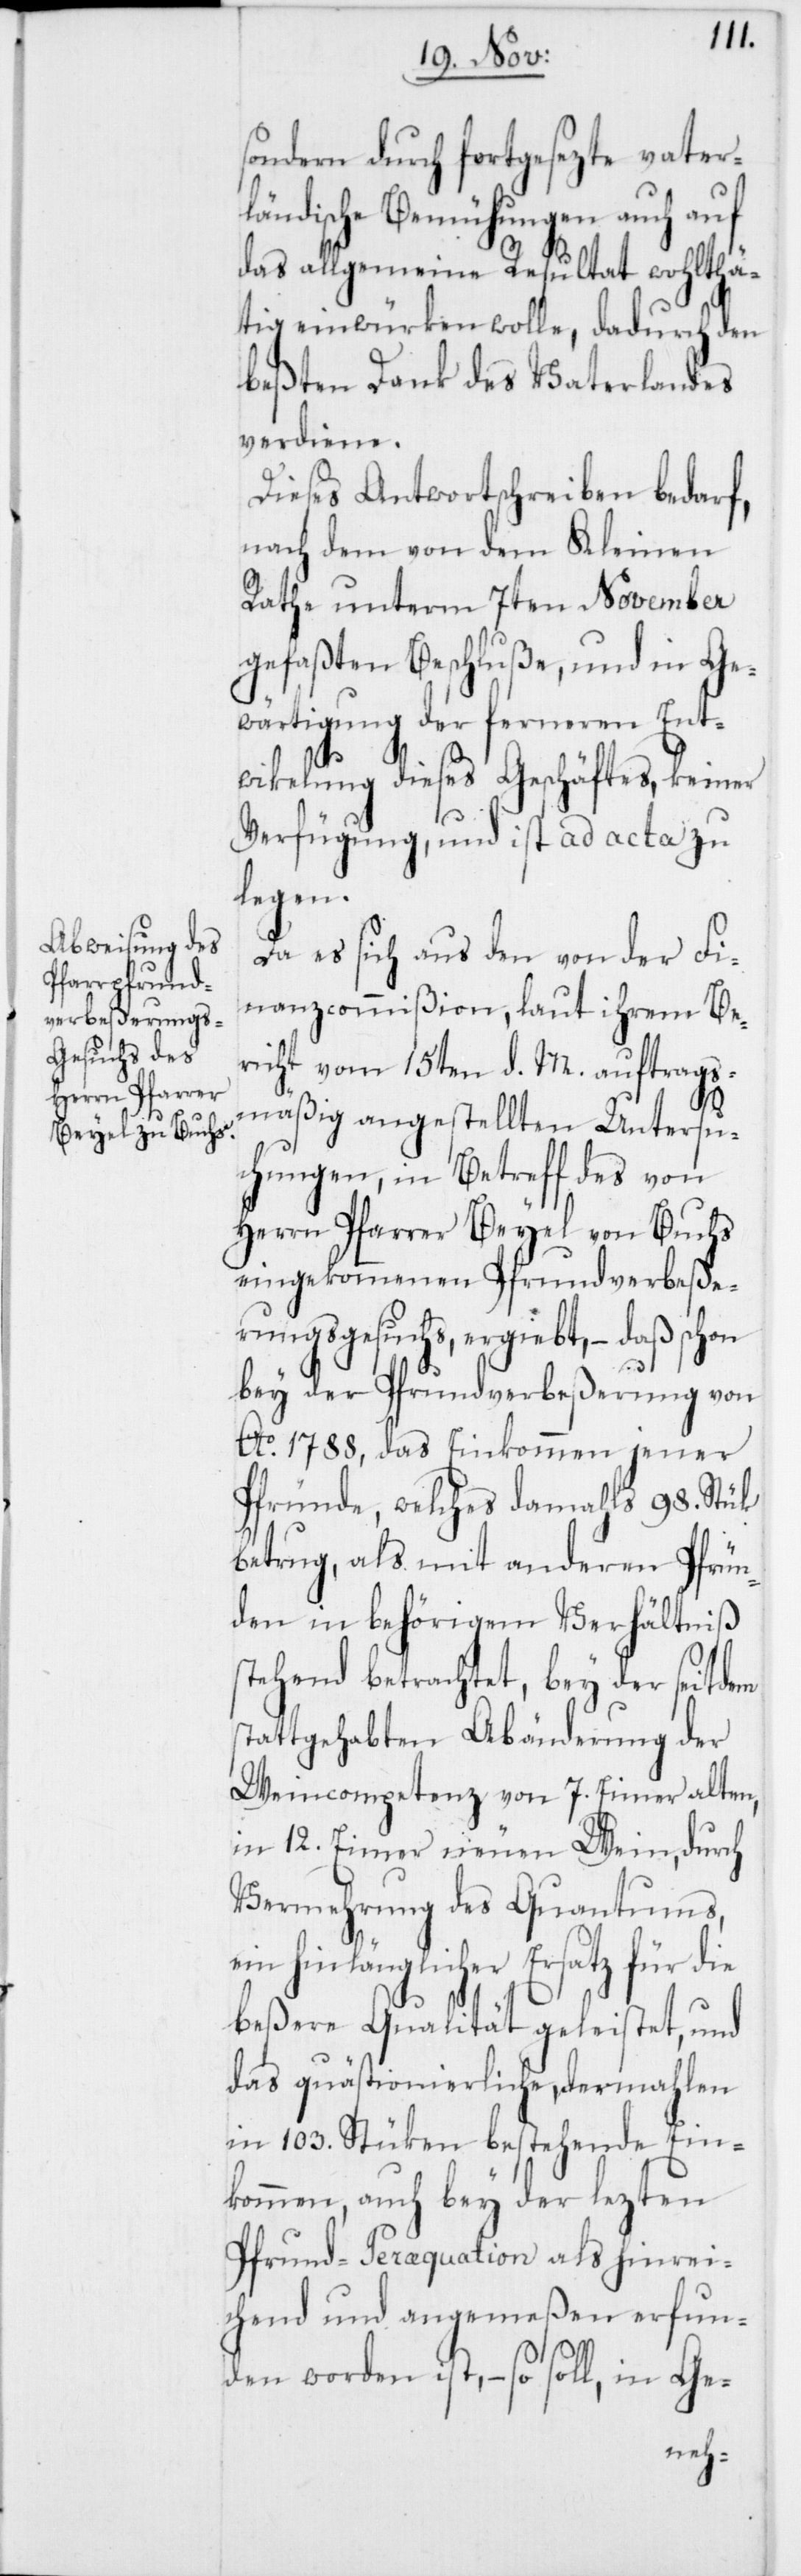
sondern durch fortgesezte vaterl¬
ändische Bemühungen auch auf
das allgemeine Resultat wohlthä¬
tig einwürken wolle, dadurch den
beßten Dank des Vaterlandes
verdiene.
Dieses Antwortschreiben bedarf,
nach dem von dem Kleinen
Rathe unterm 7ten November
gefaßten Beschluße, und in Ge¬
wärtigung der ferneren Ent¬
wikelung dieses Geschäftes, keiner
Verfügung, und ist ad acta zu
legen.
Da es sich aus den von der Fi¬
nanzcommißion, laut ihrem Be¬
richt vom 15ten d. M. auftrags¬
mäßig angestellten Untersu¬
chungen, in Betreff des von
Herrn Pfarrer Beyel von Buchs
eingekommenen Pfrundverbeße¬
rungsgesuchs, ergiebt, – daß schon
bey der Pfundverbeßerung von
Ao. 1788, das Einkommen jener
Pfründe, welches damahls 98. Stük
betrug, als mit anderen Pfrün¬
den in behörigem Verhältniß
stehend betrachtet, bey der seitdem
stattgehabten Abänderung der
Weincompetenz von 7. Eimer alten,
in 12. Eimer neuen Wein, durch
Vermehrung des Quantums,
ein hinlänglicher Ersatz für die
beßere Qualität geleistet, und
das quästionierliche, dermahlen
in 103. Stüken bestehende Ein¬
kommen, auch bey der lezten
Pfrund-Peraequation als hinrei¬
chend und angemeßen erfun¬
den worden ist, – so soll, in Ge-